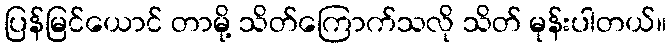
ပြန်မြင်ယောင် တာမို့ သိတ်ကြောက်သလို သိတ် မုန်းပါတယ်။